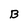
Character: B